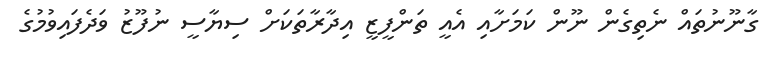
ގާނޫނުތައް ނެތިގެން ނޫން ކަމަށާއި އެއީ ތަންފީޒީ އިދާރާތަކަށް ސިޔާސީ ނުފޫޒު ވަދެފައިވުމުގެ